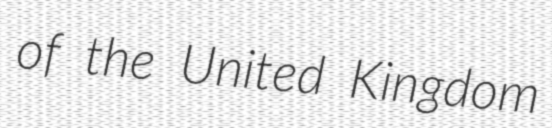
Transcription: of the United Kingdom